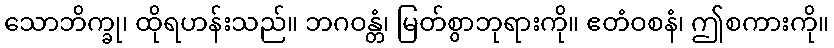
သောဘိက္ခု၊ ထိုရဟန်းသည်။ ဘဂဝန္တံ၊ မြတ်စွာဘုရားကို။ ဧတံဝစနံ၊ ဤစကားကို။